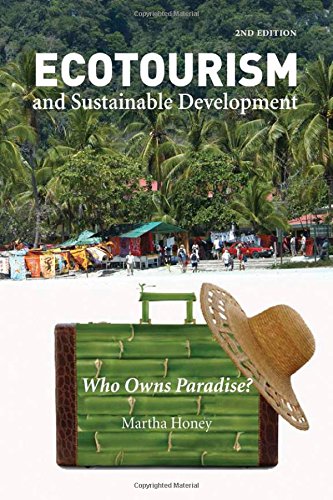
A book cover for Ecotourism and Sustainable Development, Second Edition: Who Owns Paradise?; Dr. Martha Honey PhD; Sports & Outdoors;